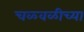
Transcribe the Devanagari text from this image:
चळ्वळीच्या